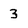
Character: 3